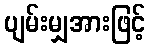
ပျမ်းမျှအားဖြင့်